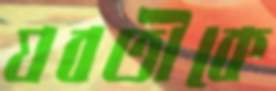
যবতীকে